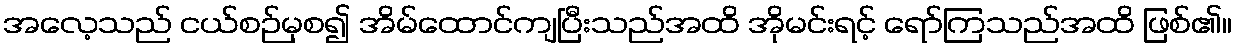
အလေ့သည် ငယ်စဉ်မှစ၍ အိမ်ထောင်ကျပြီးသည်အထိ အိုမင်းရင့် ရော်ကြသည်အထိ ဖြစ်၏။